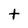
Character: t